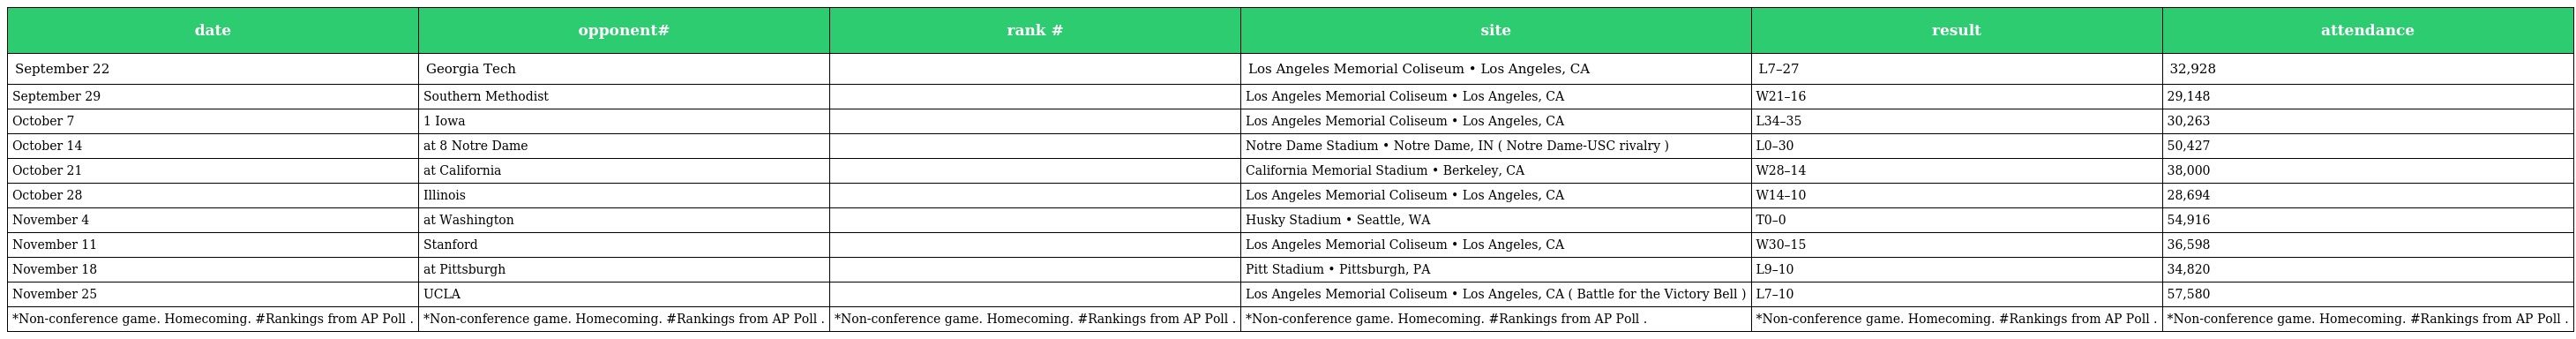
| date | opponent# | rank # | site | result | attendance |
 | --- | --- | --- | --- | --- | --- |
 | September 22 | Georgia Tech |  | Los Angeles Memorial Coliseum • Los Angeles, CA | L7–27 | 32,928 |
 | September 29 | Southern Methodist |  | Los Angeles Memorial Coliseum • Los Angeles, CA | W21–16 | 29,148 |
 | October 7 | 1 Iowa |  | Los Angeles Memorial Coliseum • Los Angeles, CA | L34–35 | 30,263 |
 | October 14 | at 8 Notre Dame |  | Notre Dame Stadium • Notre Dame, IN ( Notre Dame-USC rivalry ) | L0–30 | 50,427 |
 | October 21 | at California |  | California Memorial Stadium • Berkeley, CA | W28–14 | 38,000 |
 | October 28 | Illinois |  | Los Angeles Memorial Coliseum • Los Angeles, CA | W14–10 | 28,694 |
 | November 4 | at Washington |  | Husky Stadium • Seattle, WA | T0–0 | 54,916 |
 | November 11 | Stanford |  | Los Angeles Memorial Coliseum • Los Angeles, CA | W30–15 | 36,598 |
 | November 18 | at Pittsburgh |  | Pitt Stadium • Pittsburgh, PA | L9–10 | 34,820 |
 | November 25 | UCLA |  | Los Angeles Memorial Coliseum • Los Angeles, CA ( Battle for the Victory Bell ) | L7–10 | 57,580 |
 | *Non-conference game. Homecoming. #Rankings from AP Poll . | *Non-conference game. Homecoming. #Rankings from AP Poll . | *Non-conference game. Homecoming. #Rankings from AP Poll . | *Non-conference game. Homecoming. #Rankings from AP Poll . | *Non-conference game. Homecoming. #Rankings from AP Poll . | *Non-conference game. Homecoming. #Rankings from AP Poll . |